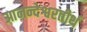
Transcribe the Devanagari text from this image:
आनन्देश्वरतीर्थ